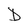
Character: D